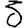
Digit: 3